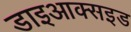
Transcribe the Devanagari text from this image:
डाइआक्सइड